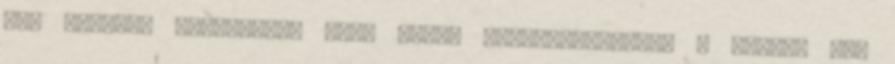
meg egyebet készítenek hogy ezzel seftelhessenek. A cigány meg